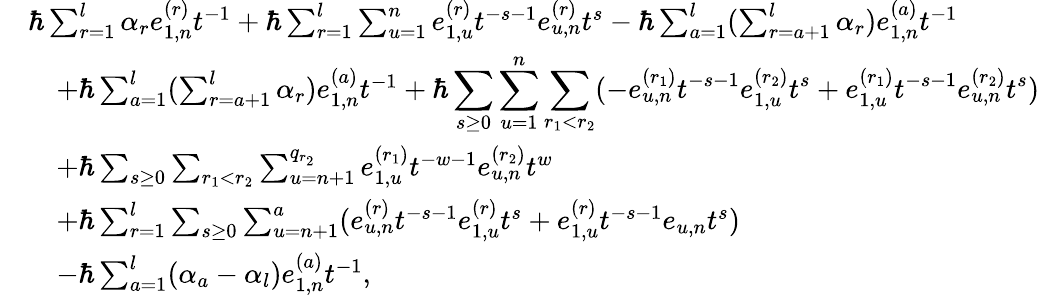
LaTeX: \begin{array}{rl}&{\hbar\sum_{r=1}^{l}\alpha_{r}e_{1,n}^{(r)}t^{-1}+\hbar\sum_{r=1}^{l}\sum_{u=1}^{n}e_{1,u}^{(r)}t^{-s-1}e_{u,n}^{(r)}t^{s}-\hbar\sum_{a=1}^{l}(\sum_{r=a+1}^{l}\alpha_{r})e_{1,n}^{(a)}t^{-1}}\\ &{\quad+\hbar\sum_{a=1}^{l}(\sum_{r=a+1}^{l}\alpha_{r})e_{1,n}^{(a)}t^{-1}+\hbar\displaystyle\sum_{s\geq 0}\displaystyle\sum_{u=1}^{n}\sum_{r_{1}<r_{2}}(-e_{u,n}^{(r_{1})}t^{-s-1}e_{1,u}^{(r_{2})}t^{s}+e_{1,u}^{(r_{1})}t^{-s-1}e_{u,n}^{(r_{2})}t^{s})}\\ &{\quad+\hbar\sum_{s\geq 0}\sum_{r_{1}<r_{2}}\sum_{u=n+1}^{q_{r_{2}}}e_{1,u}^{(r_{1})}t^{-w-1}e_{u,n}^{(r_{2})}t^{w}}\\ &{\quad+\hbar\sum_{r=1}^{l}\sum_{s\geq 0}\sum_{u=n+1}^{a}(e_{u,n}^{(r)}t^{-s-1}e_{1,u}^{(r)}t^{s}+e_{1,u}^{(r)}t^{-s-1}e_{u,n}t^{s})}\\ &{\quad-\hbar\sum_{a=1}^{l}(\alpha_{a}-\alpha_{l})e_{1,n}^{(a)}t^{-1},}\end{array}